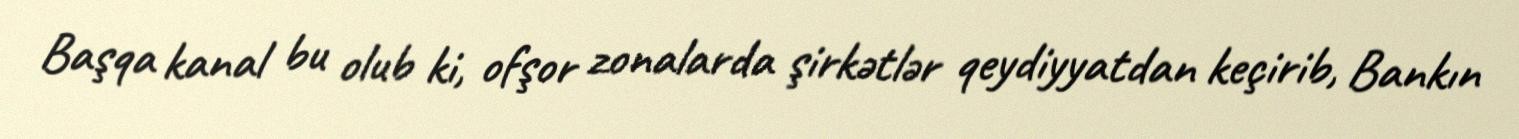
Başqa kanal bu olub ki, ofşor zonalarda şirkətlər qeydiyyatdan keçirib, Bankın